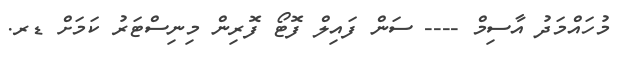
މުހައްމަދު އާސިމް ---- ސަން ފައިލް ފޮޓޯ ފޮރިން މިނިސްޓަރު ކަމަށް ޑރ.